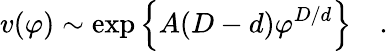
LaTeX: v(\varphi)\sim\exp\left\{ A(D-d)\varphi^{D/d}\right\} \quad.